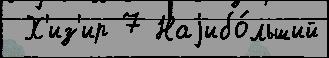
 Х'из'ир 7 Наjибо́льший